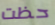
حظت